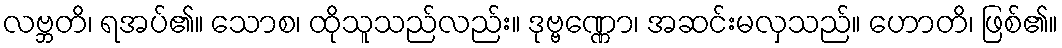
လဗ္ဘတိ၊ ရအပ်၏။ သောစ၊ ထိုသူသည်လည်း။ ဒုဗ္ဗဏ္ဏော၊ အဆင်းမလှသည်။ ဟောတိ၊ ဖြစ်၏။